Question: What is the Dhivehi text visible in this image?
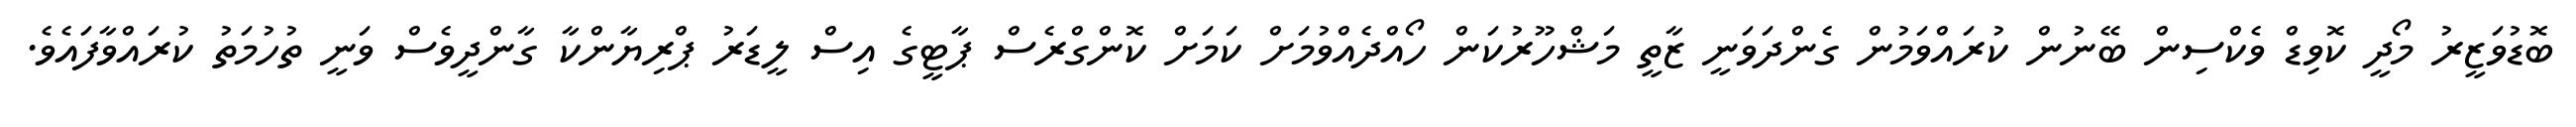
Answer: ބޮޑުވަޒީރު މޯދީ ކޮވިޑް ވެކްސިން ބޭނުން ކުރައްވަމުން ގެންދަވަނީ ޒާތީ މަޝްހޫރުކަން ހޯއްދެއްވުމަށް ކަމަށް ކޮންގްރެސް ޕާޓީގެ އިސް ލީޑަރު ޕްރިޔާންކާ ގާންދީވެސް ވަނީ ތުހުމަތު ކުރައްވާފައެވެ.